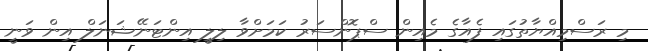
މި ރަސްމިއްޔާތުގައި ފެއާގެ މެއިން ސްޕޮންސަރު ކަމަށްވާ ލިލީ އިންޓަނޭޝަނަލް އިން ވަނީ